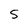
Character: 5